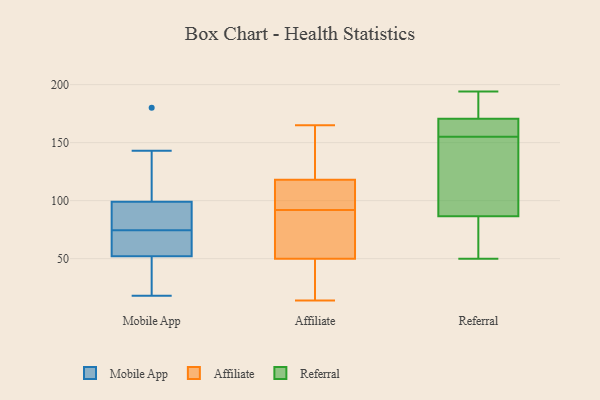
{"axis": {"x": "Demand Index", "y": "Value"}, "legend": ["Affiliate", "Mobile App", "Referral"], "data": [{"x": "", "y": 64, "type": "Mobile App"}, {"x": "", "y": 74, "type": "Mobile App"}, {"x": "", "y": 75, "type": "Mobile App"}, {"x": "", "y": 47, "type": "Mobile App"}, {"x": "", "y": 180, "type": "Mobile App"}, {"x": "", "y": 51, "type": "Mobile App"}, {"x": "", "y": 42, "type": "Mobile App"}, {"x": "", "y": 70, "type": "Mobile App"}, {"x": "", "y": 94, "type": "Mobile App"}, {"x": "", "y": 77, "type": "Mobile App"}, {"x": "", "y": 143, "type": "Mobile App"}, {"x": "", "y": 99, "type": "Mobile App"}, {"x": "", "y": 52, "type": "Mobile App"}, {"x": "", "y": 123, "type": "Mobile App"}, {"x": "", "y": 18, "type": "Mobile App"}, {"x": "", "y": 70, "type": "Mobile App"}, {"x": "", "y": 106, "type": "Mobile App"}, {"x": "", "y": 93, "type": "Mobile App"}, {"x": "", "y": 82, "type": "Affiliate"}, {"x": "", "y": 165, "type": "Affiliate"}, {"x": "", "y": 118, "type": "Affiliate"}, {"x": "", "y": 50, "type": "Affiliate"}, {"x": "", "y": 116, "type": "Affiliate"}, {"x": "", "y": 152, "type": "Affiliate"}, {"x": "", "y": 84, "type": "Affiliate"}, {"x": "", "y": 36, "type": "Affiliate"}, {"x": "", "y": 100, "type": "Affiliate"}, {"x": "", "y": 14, "type": "Affiliate"}, {"x": "", "y": 50, "type": "Referral"}, {"x": "", "y": 161, "type": "Referral"}, {"x": "", "y": 180, "type": "Referral"}, {"x": "", "y": 59, "type": "Referral"}, {"x": "", "y": 110, "type": "Referral"}, {"x": "", "y": 170, "type": "Referral"}, {"x": "", "y": 95, "type": "Referral"}, {"x": "", "y": 155, "type": "Referral"}, {"x": "", "y": 172, "type": "Referral"}, {"x": "", "y": 164, "type": "Referral"}, {"x": "", "y": 194, "type": "Referral"}, {"x": "", "y": 61, "type": "Referral"}, {"x": "", "y": 146, "type": "Referral"}]}